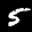
Label: 5